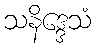
သနိဒ္ဒေသံ